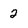
Character: 2